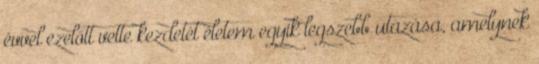
évvel ezelőtt vette kezdetét életem egyik legszebb utazása, amelynek